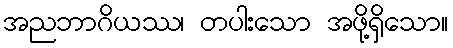
အညဘာဂိယဿ၊ တပါးသော အဖို့ရှိသော။